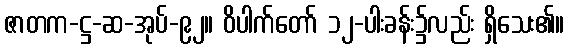
ဇာတက-ဋ္ဌ-ဆ-အုပ်-၉၂။ ဝိပါက်တော် ၁၂-ပါးခန်း၌လည်း ရှိသေး၏။